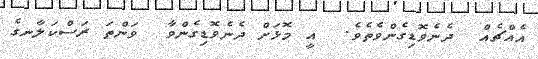
އެއްޗެއް  ދެނެވޮޑިގެންވެތެވެ.  އީ މޮޅަށް ދެނެވޮޑިގެންވާ  ވަންތަ ރަސްކަލާނގެ